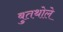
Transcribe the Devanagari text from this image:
बुतथोले